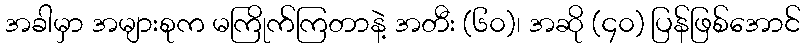
အခါမှာ အများစုက မကြိုက်ကြတာနဲ့ အတီး (၆၀)၊ အဆို (၄၀) ပြန်ဖြစ်အောင်